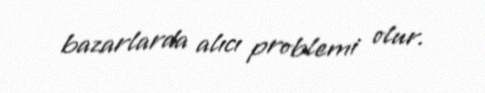
bazarlarda alıcı problemi olur.